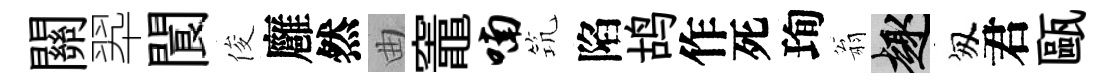
關翆閬俊廱然曲竈喃𥬑陷鸪作死珣翁趣匆君甌